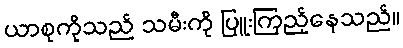
ယာစုကိုသည် သမီးကို ပြူးကြည့်နေသည်။